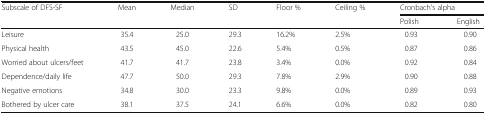
<table><thead><tr><td rowspan="2"><b>Subscale of DFS-SF</b></td><td rowspan="2"><b>Mean</b></td><td rowspan="2"><b>Median</b></td><td rowspan="2"><b>SD</b></td><td rowspan="2"><b>Floor %</b></td><td rowspan="2"><b>Ceiling %</b></td><td colspan="2"><b>Cronbach’s alpha</b></td></tr><tr><td><b>Polish</b></td><td><b>English</b></td></tr></thead><tbody><tr><td>Leisure</td><td>35.4</td><td>25.0</td><td>29.3</td><td>16.2%</td><td>2.5%</td><td>0.93</td><td>0.90</td></tr><tr><td>Physical health</td><td>43.5</td><td>45.0</td><td>22.6</td><td>5.4%</td><td>0.5%</td><td>0.87</td><td>0.86</td></tr><tr><td>Worried about ulcers/feet</td><td>41.7</td><td>41.7</td><td>23.8</td><td>3.4%</td><td>0.0%</td><td>0.92</td><td>0.84</td></tr><tr><td>Dependence/daily life</td><td>47.7</td><td>50.0</td><td>29.3</td><td>7.8%</td><td>2.9%</td><td>0.90</td><td>0.88</td></tr><tr><td>Negative emotions</td><td>34.8</td><td>30.0</td><td>23.3</td><td>9.8%</td><td>0.0%</td><td>0.89</td><td>0.93</td></tr><tr><td>Bothered by ulcer care</td><td>38.1</td><td>37.5</td><td>24.1</td><td>6.6%</td><td>0.0%</td><td>0.82</td><td>0.80</td></tr></tbody></table>